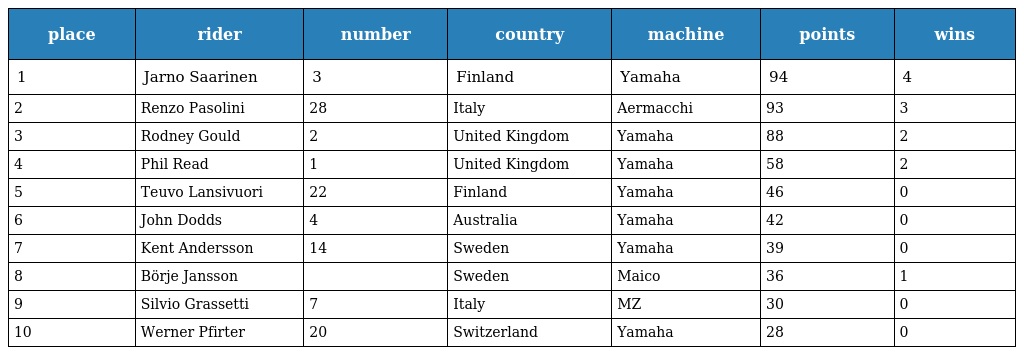
| place | rider | number | country | machine | points | wins |
 | --- | --- | --- | --- | --- | --- | --- |
 | 1 | Jarno Saarinen | 3 | Finland | Yamaha | 94 | 4 |
 | 2 | Renzo Pasolini | 28 | Italy | Aermacchi | 93 | 3 |
 | 3 | Rodney Gould | 2 | United Kingdom | Yamaha | 88 | 2 |
 | 4 | Phil Read | 1 | United Kingdom | Yamaha | 58 | 2 |
 | 5 | Teuvo Lansivuori | 22 | Finland | Yamaha | 46 | 0 |
 | 6 | John Dodds | 4 | Australia | Yamaha | 42 | 0 |
 | 7 | Kent Andersson | 14 | Sweden | Yamaha | 39 | 0 |
 | 8 | Börje Jansson |  | Sweden | Maico | 36 | 1 |
 | 9 | Silvio Grassetti | 7 | Italy | MZ | 30 | 0 |
 | 10 | Werner Pfirter | 20 | Switzerland | Yamaha | 28 | 0 |